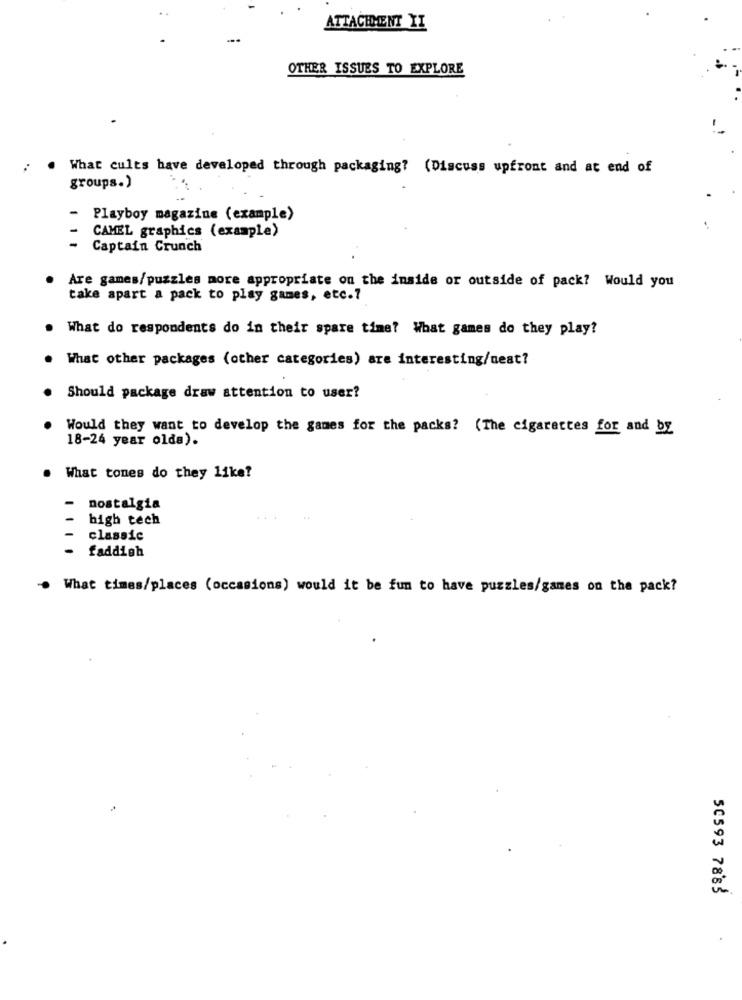
ATTACHMENT YI
OTHER ISSUES TO EXPLORE
What cults have developed through packaging? (Discuss upfront and at end of
groups.)
Playboy magazine (example)
CAMEL graphics (example)
Captain Crunch
Are games/puzzles more appropriate on the inside or outside of pack? Would you
take apart a pack to play games, etc.7
What do respondents do in their spare time? What games do they play?
What other packages (other categories) are interesting/uest?
Should package draw attention to user?
Would they want to develop the games for the packs? (The cigarettes for and by
18-24 year olda).
What tones do they like?
-
nostalgia
- high tech
classic
- faddigh
What times/places (occasions) would it be fun to have puzzles/games on the pack?
50593 7883